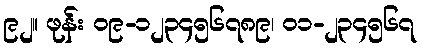
၉၂။ ဖုန်း ၀၉-၁၂၃၄၅၆၇၈၉၊ ၀၁-၂၃၄၅၆၇